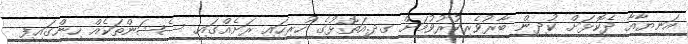
އަނިޔާއާ ދެކޮޅަށް ކުދިން ބާރުވެރިކުރުވުމަށް ގދ.އަތޮޅުގެ ހުރިހައި ރަށެއްގައި ސެޝަންތަކެއް ހިންގައިފި